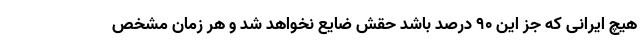
هیچ ایرانی که جز این ۹۰ درصد باشد حقش ضایع نخواهد شد و هر زمان مشخص